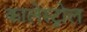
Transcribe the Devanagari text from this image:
कालेस्ट्रोल